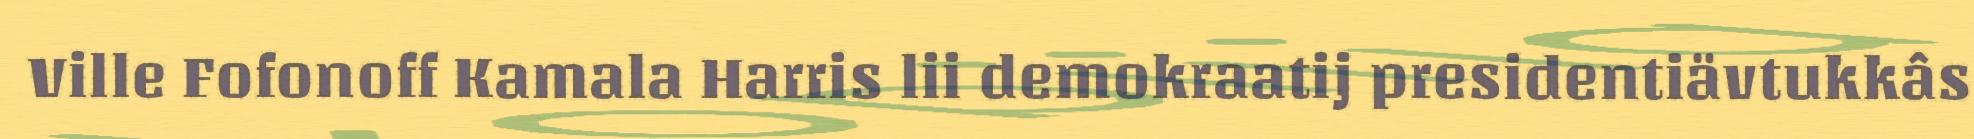
Ville Fofonoff Kamala Harris lii demokraatij presidentiävtukkâs